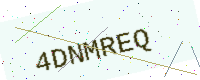
Text: 4DNMREQ